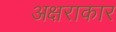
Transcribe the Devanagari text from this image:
अक्षराकार